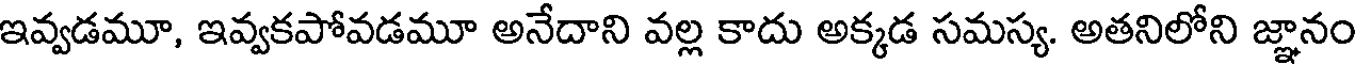
ఇవ్వడమూ, ఇవ్వకపోవడమూ అనేదాని వల్ల కాదు అక్కడ సమస్య. అతనిలోని జ్ఞానం